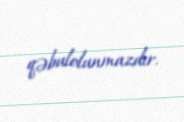
qəbulolunmazdır.